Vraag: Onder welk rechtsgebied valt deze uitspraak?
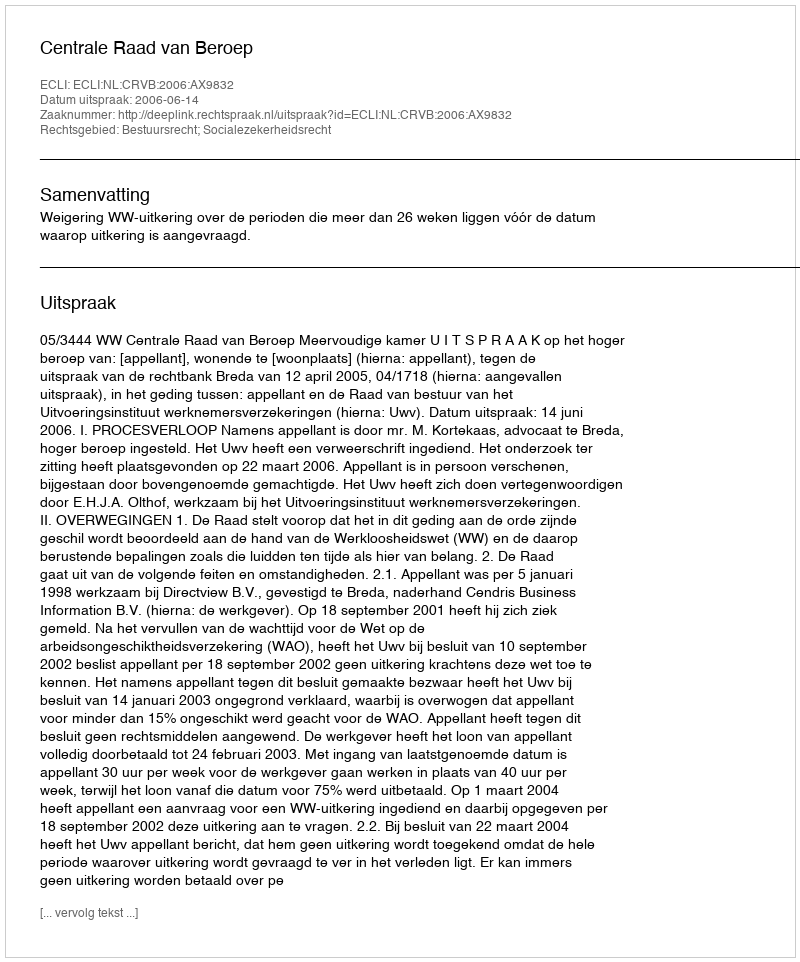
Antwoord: Bestuursrecht; Socialezekerheidsrecht